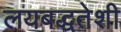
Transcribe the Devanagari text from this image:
लयबद्धतेशी